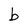
Character: b